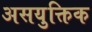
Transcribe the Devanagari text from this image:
असयुक्तिक